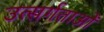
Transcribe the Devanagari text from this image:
उत्सर्गताओं